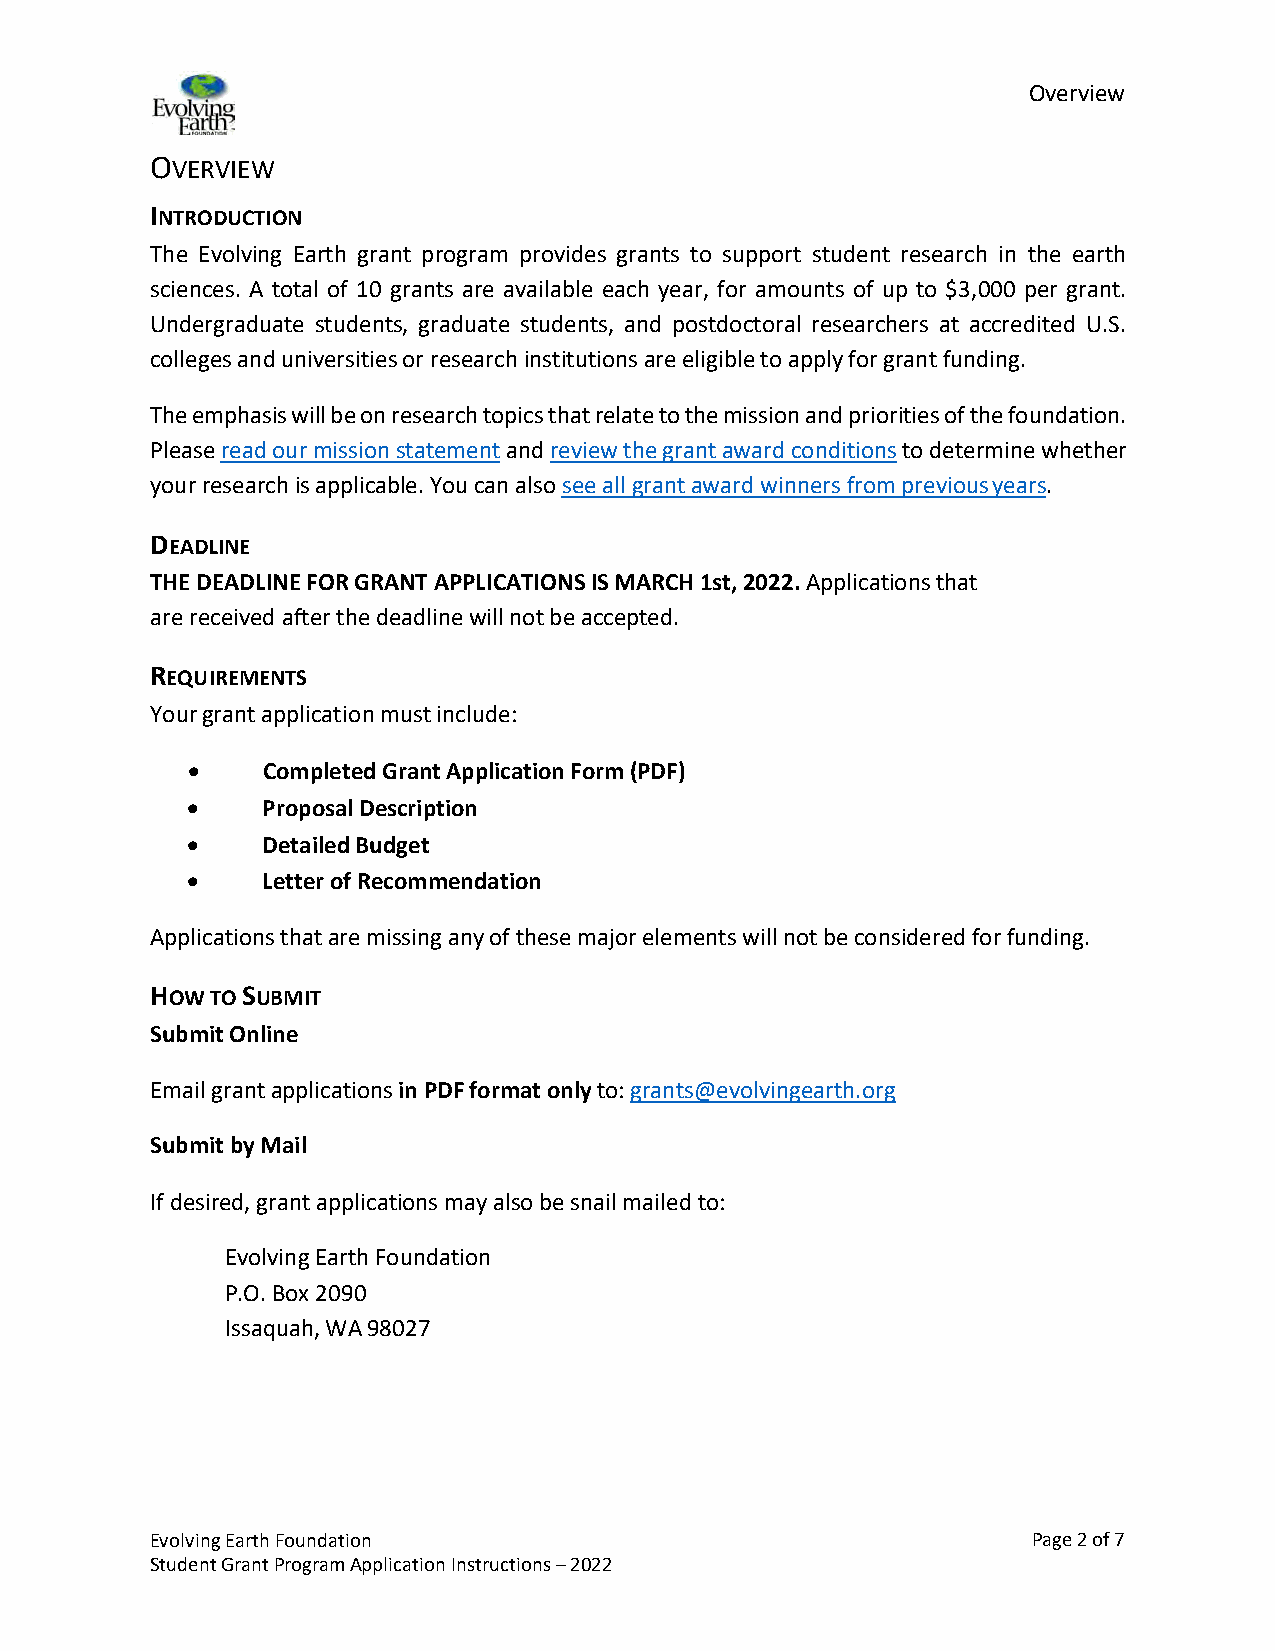
Overview
 OVERVIEW
 INTRODUCTION
 The Evolving Earth grant program provides grants to support student research in the earth
 sciences. A total of 10 grants are available each year, for amounts of up to $3,000 per grant.
 Undergraduate students, graduate students, and postdoctoral researchers at accredited U.S.
 colleges and universities or research institutions are eligible to apply for grant funding.
 The emphasis will be on research topics that relate to the mission and priorities of the foundation.
 Please read our mission statement and review the grant award conditions to determine whether
 your research is applicable. You can also see all grant award winners from previous years.
 DEADLINE
 THE DEADLINE FOR GRANT APPLICATIONS IS MARCH 1st, 2022. Applications that
 are received after the deadline will not be accepted.
 REQUIREMENTS
 Your grant application must include:
 •    Completed Grant Application Form (PDF)
 •    Proposal Description
 •    Detailed Budget
 •    Letter of Recommendation
 Applications that are missing any of these major elements will not be considered for funding.
 HOW TO SUBMIT
 Submit Online
 Email grant applications in PDF format only to: grants@evolvingearth.org
 Submit by Mail
 If desired, grant applications may also be snail mailed to:
 Evolving Earth Foundation
 P.O. Box 2090
 Issaquah, WA 98027
 Evolving Earth Foundation                                 Page 2 of 7
 Student Grant Program Application Instructions – 2022